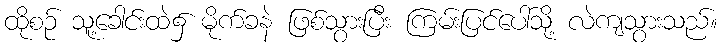
ထိုစဉ် သူ့ခေါင်းထဲ၌ မိုက်ခနဲ ဖြစ်သွားပြီး ကြမ်းပြင်ပေါ်သို့ လဲကျသွားသည်။